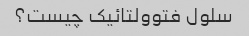
سلول فتوولتائیک چیست؟